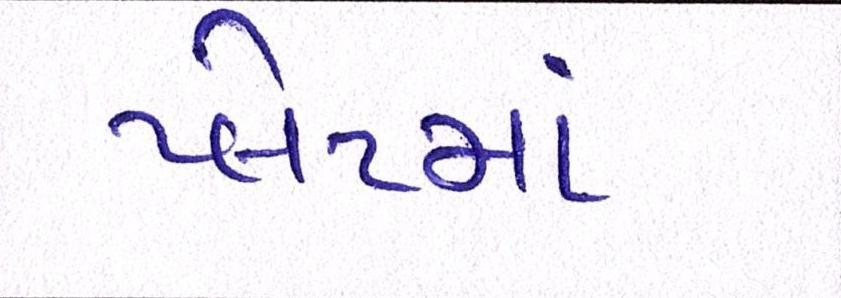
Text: પ્લેટમાં